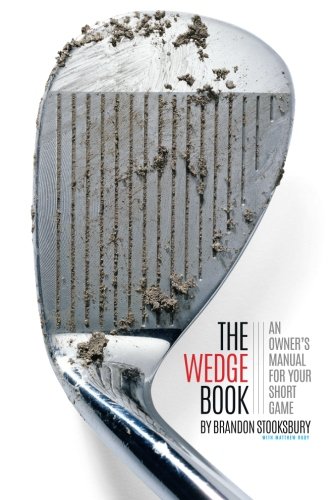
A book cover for The Wedge Book: An Owner's Manual for Your Short Game; Brandon Stooksbury; Sports & Outdoors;